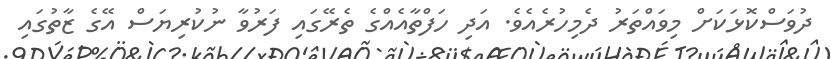
ދުވަސްކޮޅަކަށް މިވައްތަރު ދެމިހުރެއެވެ. އަދި ހަފްތާއެއްގެ ތެރޭގައި ފަރުވާ ނުކުރިޔަސް އޭގެ ޒާތުގައި